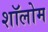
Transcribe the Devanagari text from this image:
शॉलोम